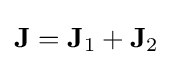
\mathbf {J} =\mathbf {J} _{1}+\mathbf {J} _{2}